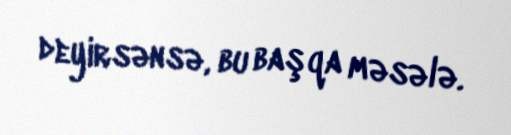
deyirsənsə, bu başqa məsələ.